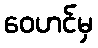
ဝေဟင်မှ